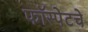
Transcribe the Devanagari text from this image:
फॉस्पेटचे